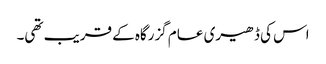
اس کی ڈھیری عام گزرگاہ کے قریب تھی۔